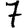
Digit: 7